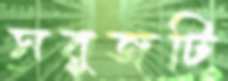
সবুজটি